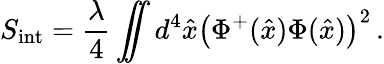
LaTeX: S_{\mathrm{int}}={\frac{\lambda}{4}}\int\! \! \! \! \! \int d^{4}\hat{x}\left(\Phi^{+}(\hat{x})\Phi(\hat{x})\right)^{2}\, .